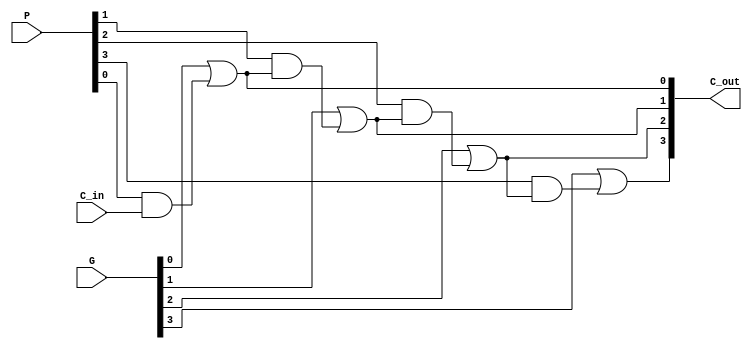
module CLU_4bit(C_out,G,P,C_in);
  output [3:0] C_out;
  input C_in;
  input [3:0] G;
  input [3:0] P;
  wire N0,N1,N2,N3,N4,N5,N6,N7,N8,N9,N10,N11;
  
  nand #5 A0(N0,P[0],C_in);
  not #5 B0(N4,N0);
  nor #5 c1(N8,G[0],N4);
  not #5 B4(C_out[0],N8);
  
  nand #5 A1(N1,P[1],C_out[0]);
  not #5 B1(N5,N1);
  nor #5 c2(N9,G[1],N5);
  not #5 B5(C_out[1],N9);
  
  nand #5 A2(N2,P[2],C_out[1]);
  not #5 B2(N6,N2);
  nor #5 c3(N10,G[2],N6);
  not #5 B6(C_out[2],N10);
  
  nand #5 A3(N3,P[3],C_out[2]);
  not #5 B3(N7,N3);
  nor #5 c4(N11,G[3],N7);
  not #5 B7(C_out[3],N11);
  endmodule
  
  //Test bench module//
   module t_CLU_4bit; //module instantiation//
   reg C_in;
   reg [3:0] G;
   reg [3:0] P;
   wire[3:0] C_out;
   
     
 // 9 bit input combinations - Counter
 reg [8:0] input_counter;
 
 // Instantiating the module
 CLU_4bit CLU_1(C_out,G,P,C_in);
 
 initial
 begin
 
 // Initializing inputs
 C_in=0; G=4'b0000; P=4'b0000;
 
 // Initializing counter
 input_counter = 'b0;
 
 end
 
 always
 begin
 #100 input_counter = input_counter + 1;
 end
 
 always #100 G = input_counter[8:5];
 always #100 P = input_counter[4:1];
 always #100 C_in = input_counter[0];
 
 // To terminate the counter
 always #51200 $stop;
 
 //output
 initial
 begin
 
 #200;
 $monitor("C_out=%b : G=%b P=%b C_In=%b", C_out,G,P, C_in );
 
   end
 endmodule